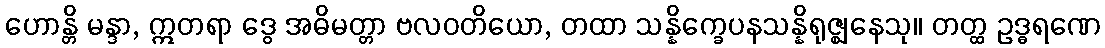
ဟောန္တိ မန္ဒာ, ဣတရာ ဒွေ အဓိမတ္တာ ဗလဝတိယော, တထာ သန္နိက္ခေပနသန္နိရုဇ္ဈနေသု။ တတ္ထ ဥဒ္ဓရဏေ